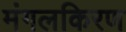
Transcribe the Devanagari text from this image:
मंगलकिरण